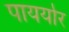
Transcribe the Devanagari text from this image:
पायर्यार